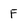
Character: F